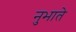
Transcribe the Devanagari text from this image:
नुभाते